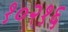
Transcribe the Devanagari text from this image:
१०२१६